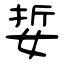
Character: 娎